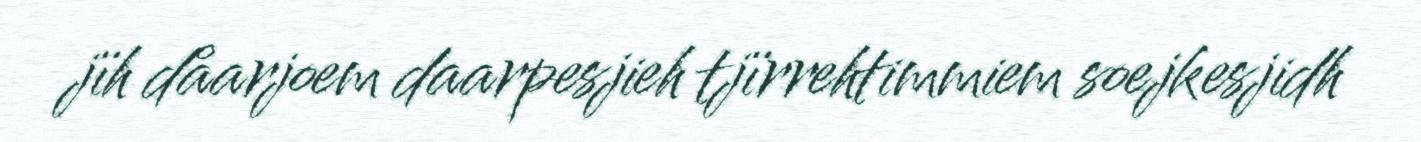
jïh dåarjoem daarpesjieh tjïrrehtimmiem soejkesjidh